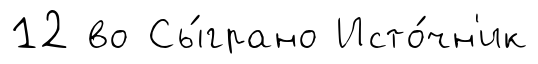
12 во Сы́грано Исто́чн'ик